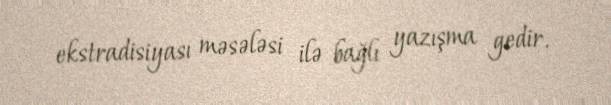
ekstradisiyası məsələsi ilə bağlı yazışma gedir.